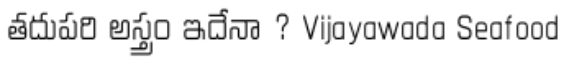
తదుపరి అస్త్రం ఇదేనా ? Vijayawada Seafood